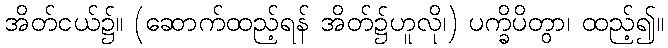
အိတ်ငယ်၌။ (ဆောက်ထည့်ရန် အိတ်၌ဟူလို၊) ပက္ခိပိတွာ၊ ထည့်၍။